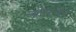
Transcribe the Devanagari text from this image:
कोरवेट